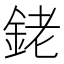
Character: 銠